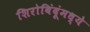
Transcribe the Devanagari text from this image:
शिरोबिंदूंमध्ये